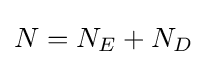
N=N_{E}+N_{D}